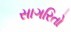
સાગરિતો